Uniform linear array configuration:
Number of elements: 8
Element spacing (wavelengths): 1
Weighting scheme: kaiser
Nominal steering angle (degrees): -45
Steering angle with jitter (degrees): -45.774
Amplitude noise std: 0.05
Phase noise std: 0.05

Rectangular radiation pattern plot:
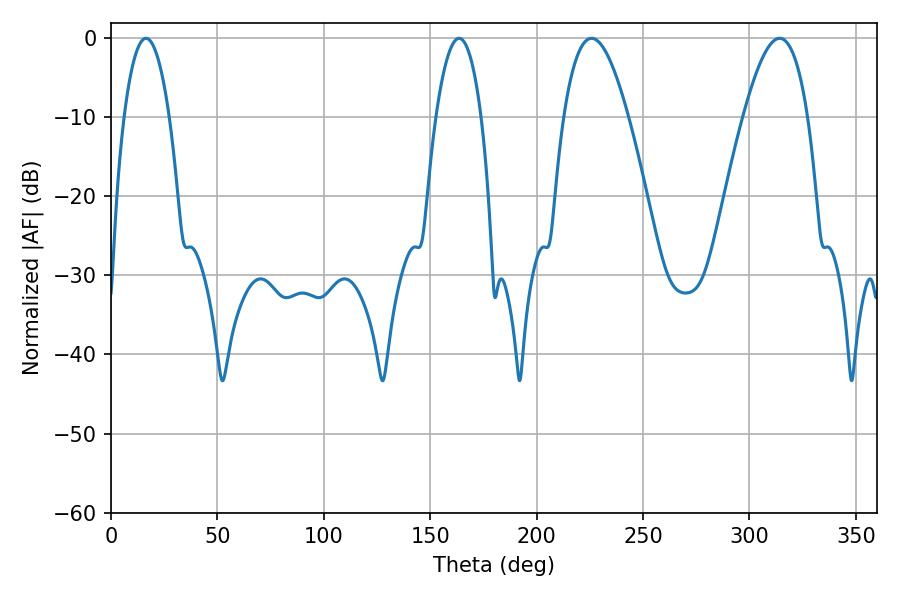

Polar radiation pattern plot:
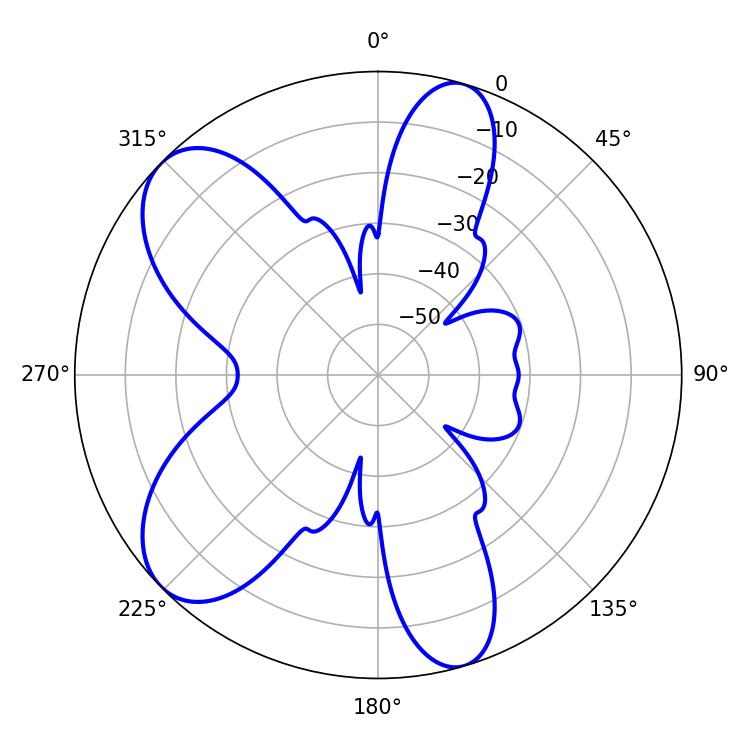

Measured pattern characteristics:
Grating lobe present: TRUE
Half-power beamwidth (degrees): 11.88
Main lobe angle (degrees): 16.38